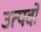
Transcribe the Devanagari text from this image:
उत्पदों